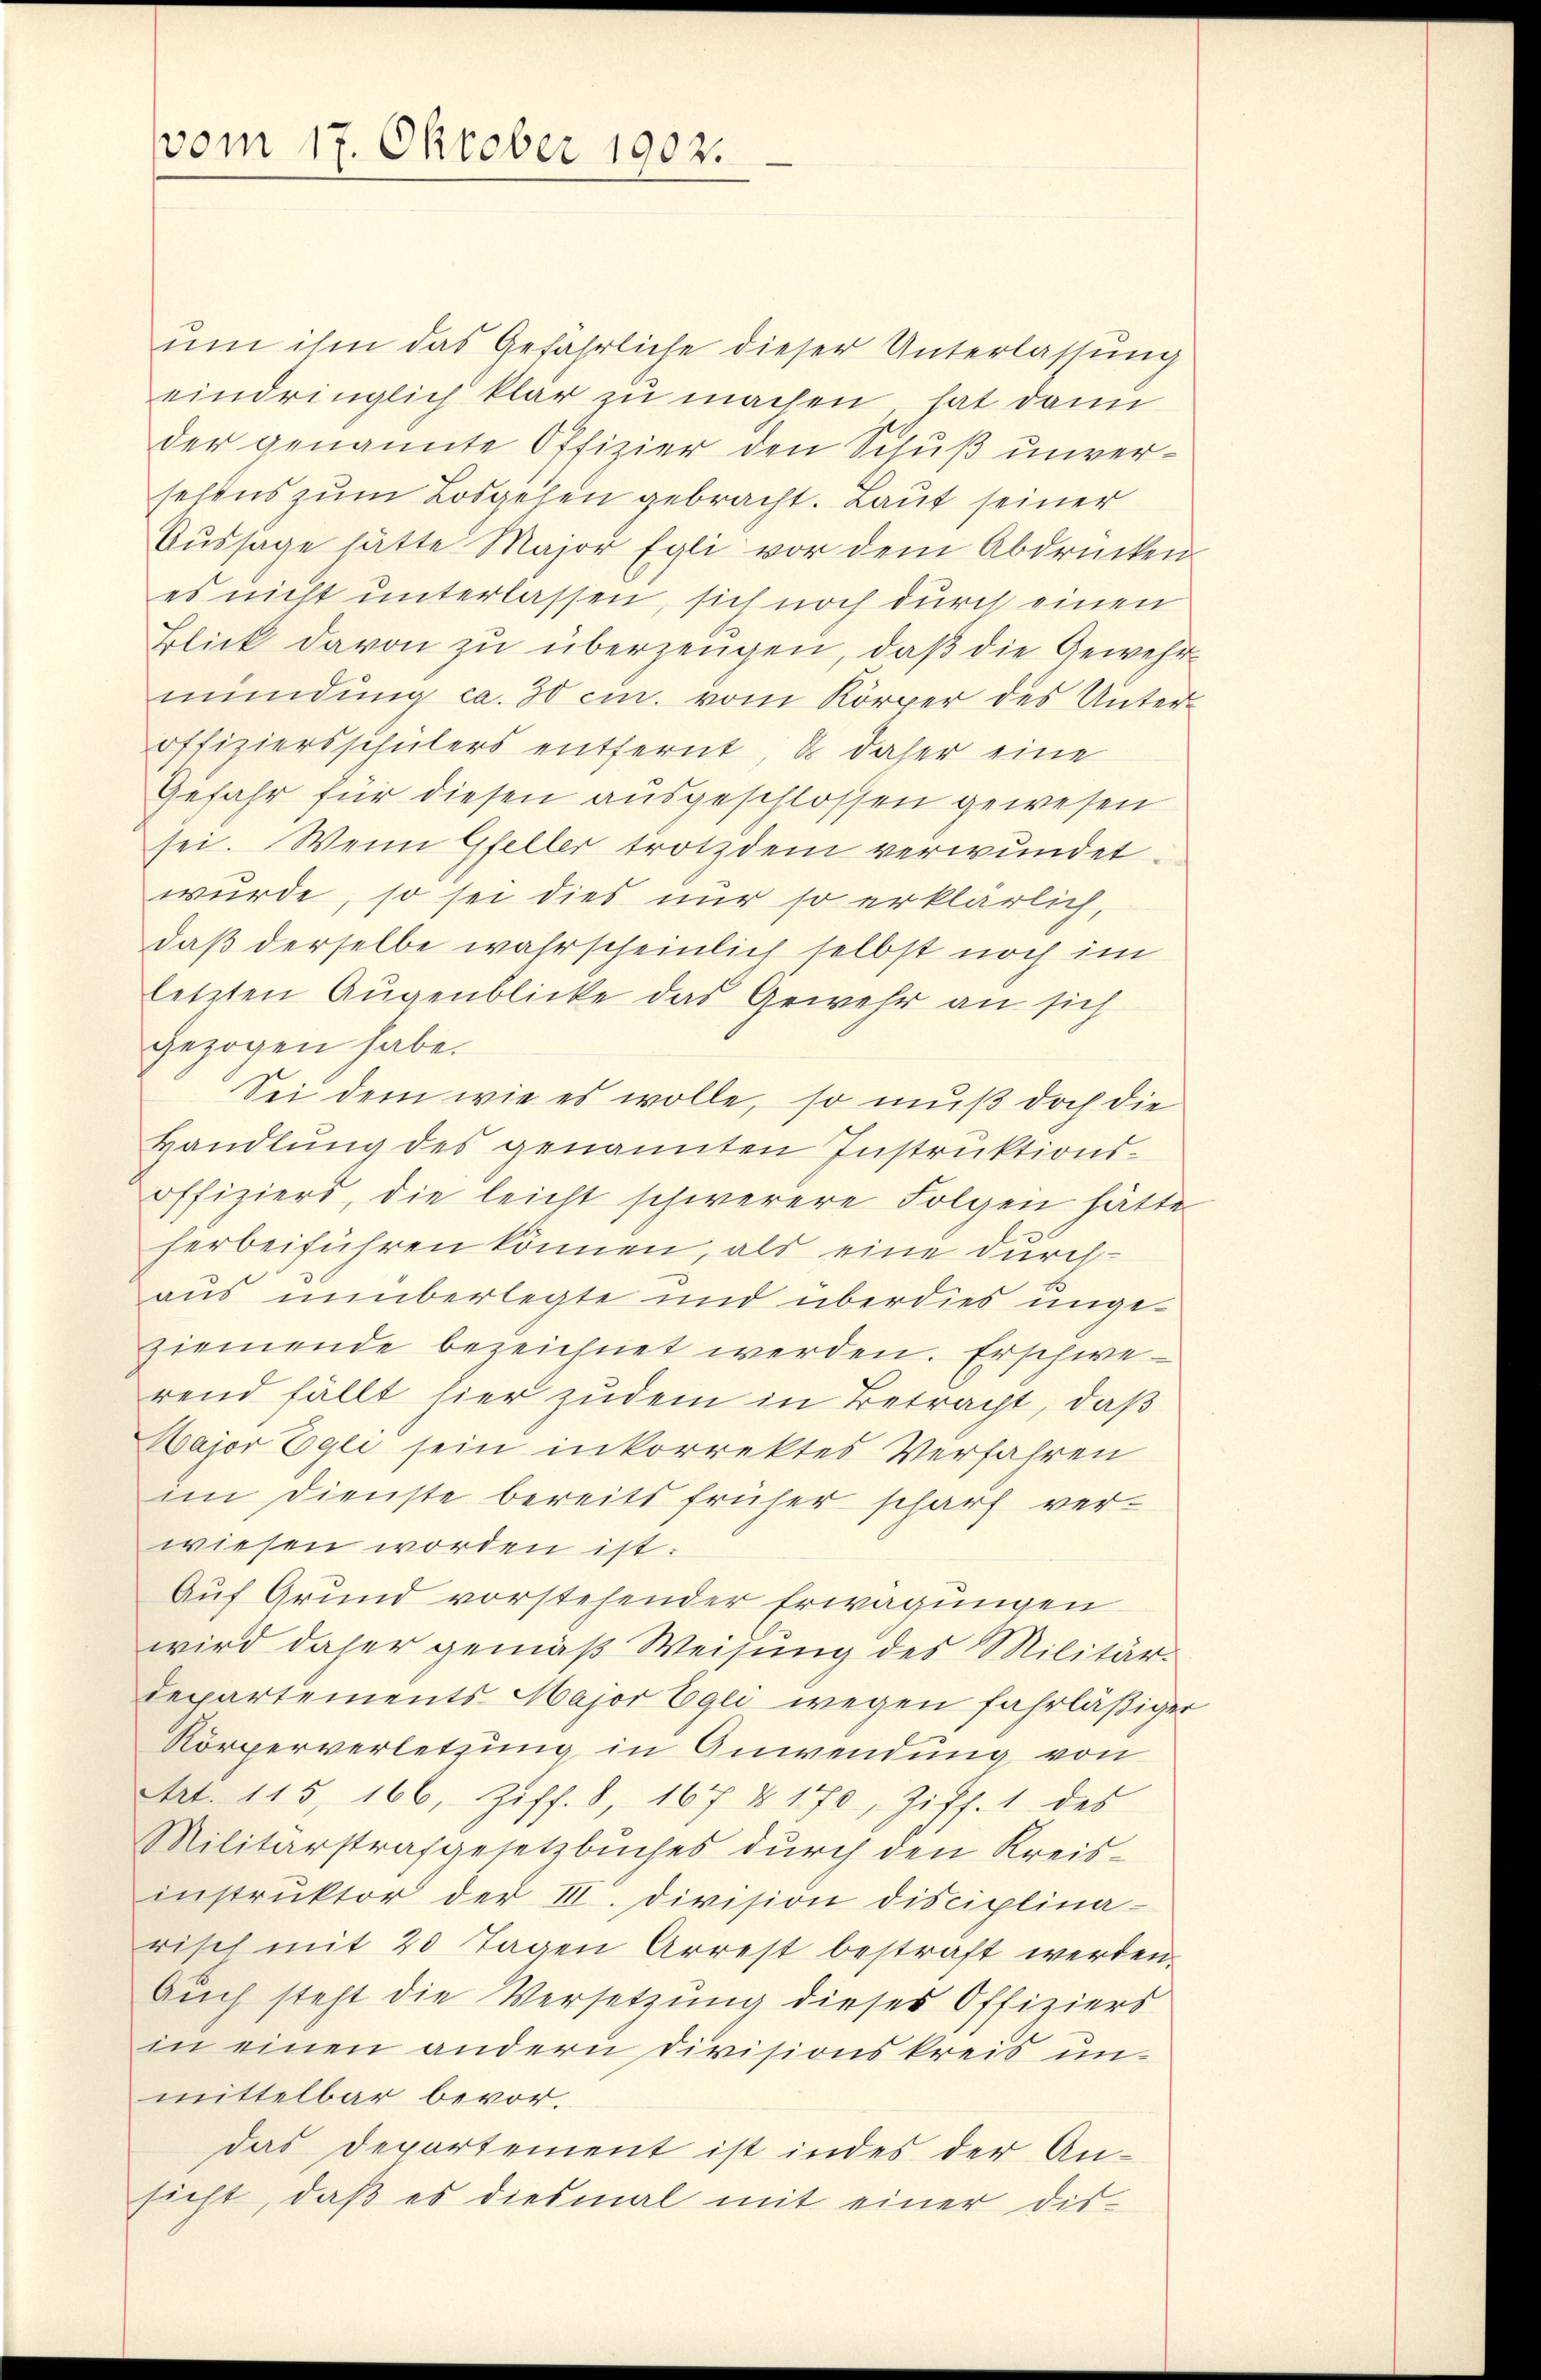
um ihm das Gefährliche dieser Unterlassung
eindringlich klar zu machen hat dann
der genannte Offizier den Schuß unverselens zum Losgehen gebracht. Laut seiner
Aŭssage hätte Major Egli vor dem Abdrücken.
es nicht unterlassen, sich noch durch einen
Blick davon zu überzeugen, daß die Gewehrmündŭng ca. 30 cm. vom Körper des Unter-
offiziersschülers entfernt, es daher eine
Gefahr für diesen ausgeschlossen gewesen
sei. Wenn Gfeller trotzdem verwundet.
wurde, so sei dies nur so erklärlich,
daß derselbe wahrscheinlich selbst noch im
letzten Augenblicke das Gewehr an sich
gezogen habe.
Sei dem wie es wolle, so muß doch die
Handlung des genannten Instruktions-
offiziers, die leicht schwerere Folgen hätte
herbeiführen können, als eine durchaus unüberlegte und überdies ungeziemende bezeichnet werden. Erschwerend fällt, hier zudem in Betracht, daß
Major Egli sein inkorrektes Verfahren
im Dienste bereits früher scharf verwiesen worden ist.
Auf Grund vorstehender Erwägungen
wird daher gemäß Weisung des Militär-
departements Major Egli wegen fahrläßiger
Körperverletzung in Anwendung von
Art. 115, 166, Ziff. 8, 167 § 170, Ziff. 1 des
Militärstrafgesetzbuches durch den Kreisinstruktor der III. Division disciplina-
risch mit 20 Tagen Arrest bestraft werden.
Auch steht die Versetzung dieses Offiziers
in einen andern Divisionskreis unmittelbar bevordas Departement ist indes der An-
sicht, daß es diesmal mit einer dis-

vom 17. Oktober 1902.